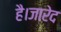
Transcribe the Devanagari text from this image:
है।जारेद